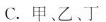
C.甲、乙、丁